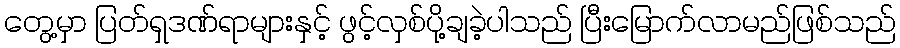
တွေ့မှာ ပြတ်ရှဒဏ်ရာများနှင့် ဖွင့်လှစ်ပို့ချခဲ့ပါသည် ပြီးမြောက်လာမည်ဖြစ်သည်